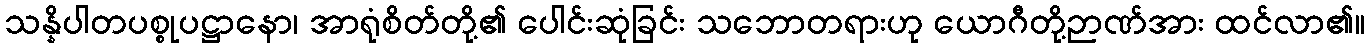
သန္နိပါတပစ္စုပဋ္ဌာနော၊ အာရုံစိတ်တို့၏ ပေါင်းဆုံခြင်း သဘောတရားဟု ယောဂီတို့ဉာဏ်အား ထင်လာ၏။